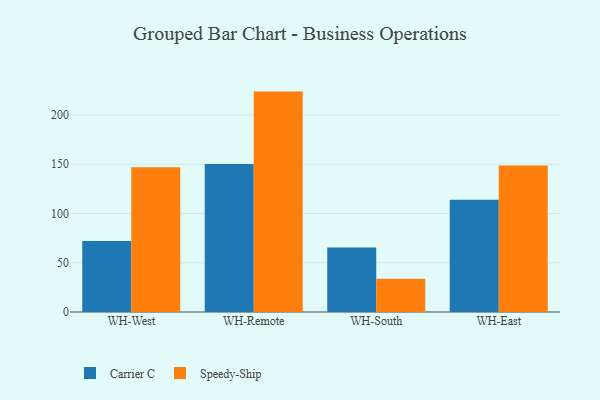
{"axis": {"x": "Warehouse", "y": "Latency (ms)"}, "legend": ["Carrier C", "Speedy-Ship"], "data": [{"x": "WH-West", "y": 72.1, "type": "Carrier C"}, {"x": "WH-West", "y": 146.9, "type": "Speedy-Ship"}, {"x": "WH-Remote", "y": 150.3, "type": "Carrier C"}, {"x": "WH-Remote", "y": 223.7, "type": "Speedy-Ship"}, {"x": "WH-South", "y": 65.5, "type": "Carrier C"}, {"x": "WH-South", "y": 33.8, "type": "Speedy-Ship"}, {"x": "WH-East", "y": 113.9, "type": "Carrier C"}, {"x": "WH-East", "y": 148.7, "type": "Speedy-Ship"}]}